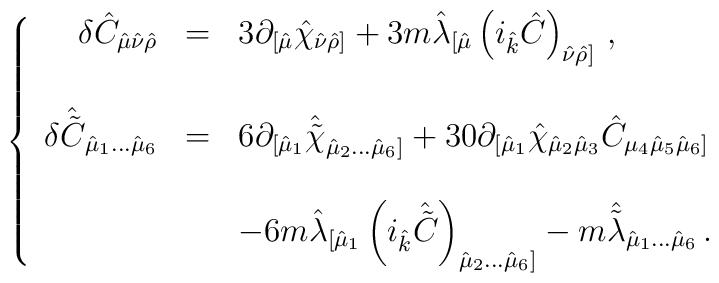
\left\{\begin{array}{rcl}\delta \hat{C}_{\hat{\mu}\hat{\nu}\hat{\rho}} & =  & 3\partial_{[\hat{\mu}}\hat{\chi}_{\hat{\nu}\hat{\rho}]}+3m \hat{\lambda}_{[\hat{\mu}}\left(i_{\hat{k}}\hat{C} \right)_{\hat{\nu}\hat{\rho}]}\, , \\& & \\\delta \hat{\tilde{C}}_{\hat{\mu}_{1}\ldots\hat{\mu}_{6}} & = & 6\partial_{[\hat{\mu}_{1}}\hat{\tilde{\chi}}_{\hat{\mu}_{2}\ldots\hat{\mu}_{6}]}+30\partial_{[\hat{\mu}_{1}}\hat{\chi}_{\hat{\mu}_{2}\hat{\mu}_{3}}\hat{C}_{\mu_{4}\hat{\mu}_{5}\hat{\mu}_{6}]} \\& & \\& &    -6m\hat{\lambda}_{[\hat{\mu}_{1}}\left(i_{\hat{k}}\hat{\tilde{C}}\right)_{\hat{\mu}_{2}\ldots\hat{\mu}_{6}]}-m \hat{\tilde{\lambda}}_{\hat{\mu}_{1}\ldots\hat{\mu}_{6}}\, .\\\end{array}\right.